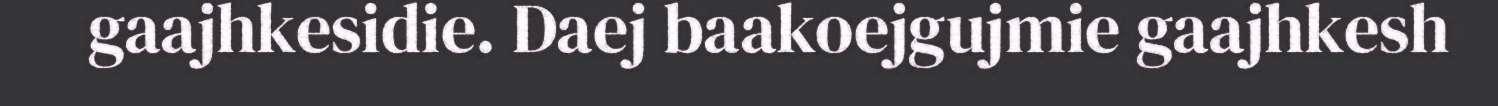
gaajhkesidie. Daej baakoejgujmie gaajhkesh